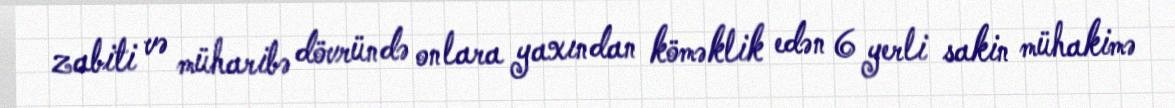
zabiti və müharibə dövründə onlara yaxından köməklik edən 6 yerli sakin mühakimə